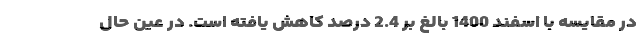
در مقایسه با اسفند 1400 بالغ بر 2.4 درصد کاهش یافته است. در عین حال